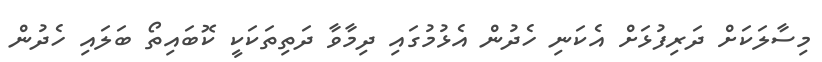
މިސާލަކަށް ދަރިފުޅަށް އެކަނި ހެދުން އެޅުމުގައި ދިމާވާ ދަތިތަކަކީ ކޮބައިތޯ ބަލައި ހެދުން